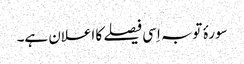
سورۂ توبہ اِسی فیصلے کا اعلان ہے۔